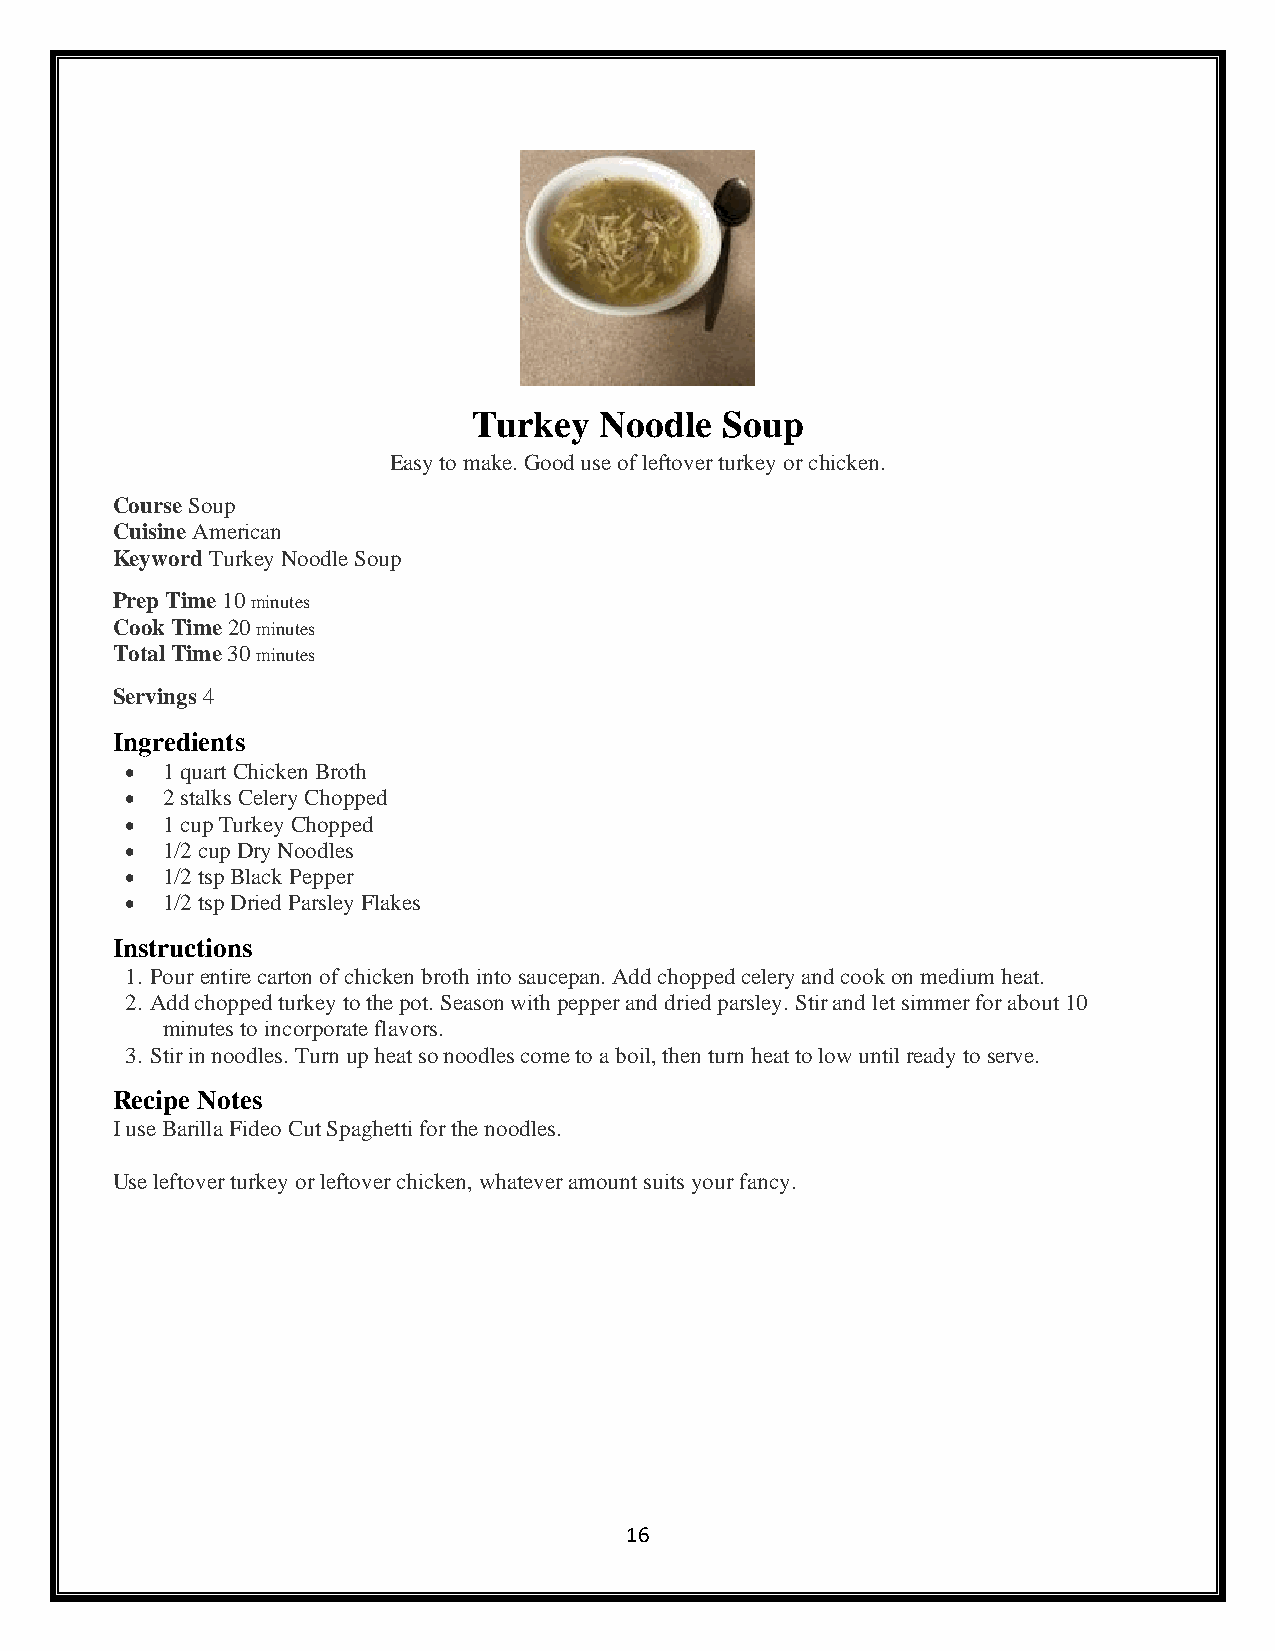
Turkey   Noodle  Soup
 Easy to make. Good use of leftover turkey or chicken.
 Course Soup
 Cuisine American
 Keyword Turkey Noodle Soup
 Prep Time 10 minutes
 Cook Time 20 minutes
 Total Time 30 minutes
 Servings 4
 Ingredients
 •  1 quart Chicken Broth
 •  2 stalks Celery Chopped
 •  1 cup Turkey Chopped
 •  1/2 cup Dry Noodles
 •  1/2 tsp Black Pepper
 •  1/2 tsp Dried Parsley Flakes
 Instructions
 1. Pour entire carton of chicken broth into saucepan. Add chopped celery and cook on medium heat.
 2. Add chopped turkey to the pot. Season with pepper and dried parsley. Stir and let simmer for about 10
 minutes to incorporate flavors.
 3. Stir in noodles. Turn up heat so noodles come to a boil, then turn heat to low until ready to serve.
 Recipe Notes
 I use Barilla Fideo Cut Spaghetti for the noodles.
 Use leftover turkey or leftover chicken, whatever amount suits your fancy.
 16